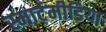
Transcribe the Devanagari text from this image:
स्मार्टमीडिया